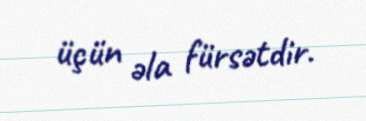
üçün əla fürsətdir.